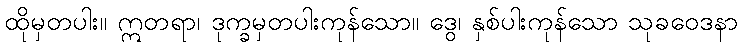
ထိုမှတပါး။ ဣတရာ၊ ဒုက္ခမှတပါးကုန်သော။ ဒွေ၊ နှစ်ပါးကုန်သော သုခဝေဒနာ